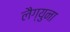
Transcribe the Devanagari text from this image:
लैग्युना